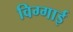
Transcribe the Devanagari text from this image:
विग्गाई